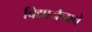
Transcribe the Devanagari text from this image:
विद्यार्जनाचे